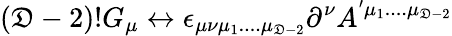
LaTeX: (\mathfrak{D}-2)!G_{\mu}\leftrightarrow\epsilon_{\mu\nu\mu_{1}....\mu_{\mathfrak{D}-2}}\partial^{\nu}A^{'\mu_{1}....\mu_{\mathfrak{D}-2}}